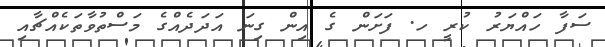
ސަފާ ހައްޔަރު ކުރީ ހ. ފަށަން ގެ އިން ގިނަ އަދަދެއްގެ މަސްތުވާތަކެއްޗާއި